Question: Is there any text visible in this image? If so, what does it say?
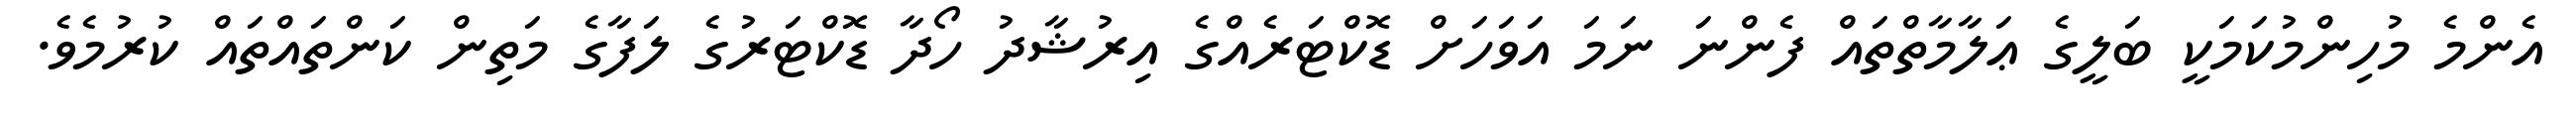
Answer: އެންމެ މުހިންމުކަމަކީ ބަލީގެ ޢަލާމާތްތައް ފެންނަ ނަމަ އަވަހަށް ޑޮކްޓަރެއްގެ އިރުޝާދު ހޯދާ ޑޮކްޓަރުގެ ލަފާގެ މަތިން ކަންތައްތައް ކުރުމެވެ.